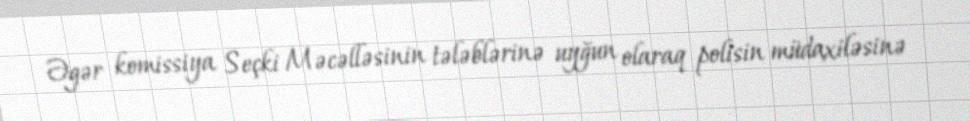
Əgər komissiya Seçki Məcəlləsinin tələblərinə uyğun olaraq polisin müdaxiləsinə